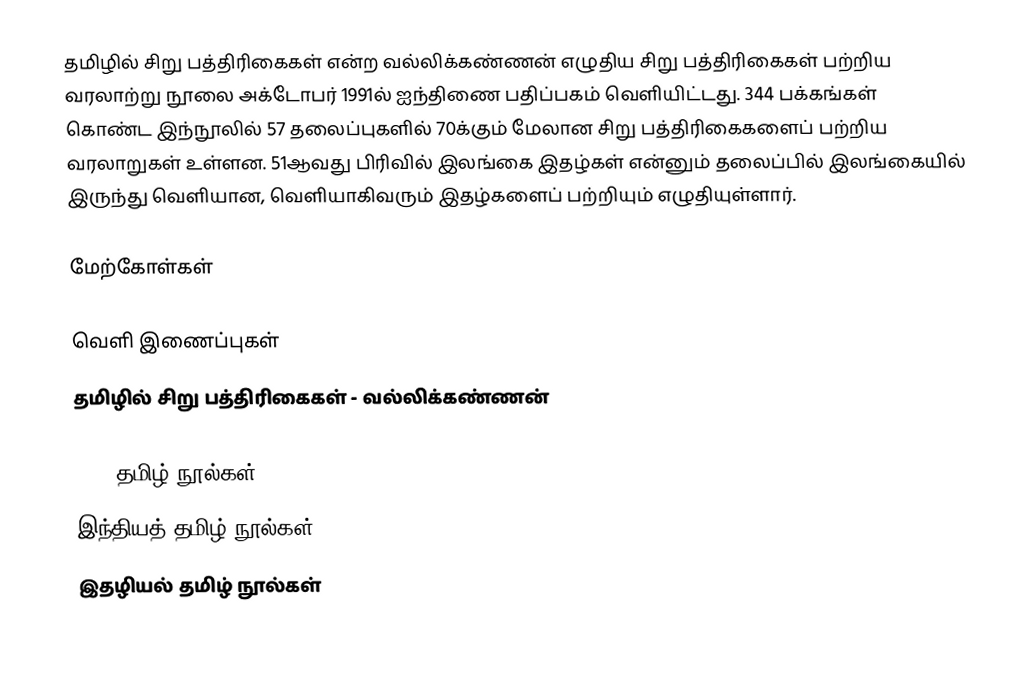
தமிழில் சிறு பத்திரிகைகள் என்ற வல்லிக்கண்ணன் எழுதிய சிறு பத்திரிகைகள் பற்றிய வரலாற்று நூலை அக்டோபர் 1991ல் ஐந்திணை பதிப்பகம் வெளியிட்டது. 344 பக்கங்கள் கொண்ட இந்நூலில் 57 தலைப்புகளில் 70க்கும் மேலான சிறு பத்திரிகைகளைப் பற்றிய வரலாறுகள் உள்ளன. 51ஆவது பிரிவில் இலங்கை இதழ்கள் என்னும் தலைப்பில் இலங்கையில் இருந்து வெளியான, வெளியாகிவரும் இதழ்களைப் பற்றியும் எழுதியுள்ளார்.

மேற்கோள்கள்

வெளி இணைப்புகள்
 தமிழில் சிறு பத்திரிகைகள் - வல்லிக்கண்ணன்

1991 தமிழ் நூல்கள்
இந்தியத் தமிழ் நூல்கள்
இதழியல் தமிழ் நூல்கள்